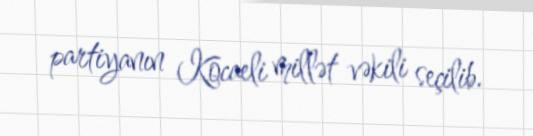
partiyanın Kocaeli millət vəkili seçilib.